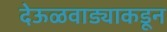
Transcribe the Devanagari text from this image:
देऊळवाड्याकडून